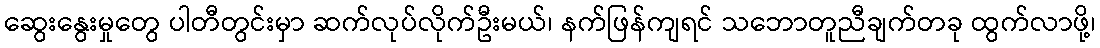
ဆွေးနွေးမှုတွေ ပါတီတွင်းမှာ ဆက်လုပ်လိုက်ဦးမယ်၊ နက်ဖြန်ကျရင် သဘောတူညီချက်တခု ထွက်လာဖို့၊